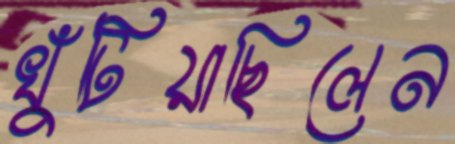
খুঁটিয়াছিলেন